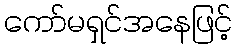
ကော်မရှင်အနေဖြင့်